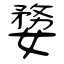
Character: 婺